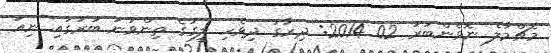
މެޗްމާލެ ނޮވެންބަރު 02 2014: ދިރާގު ދިވެހި ލީގުގެ ތިންވަނަ ބުރުގައި ނިއު